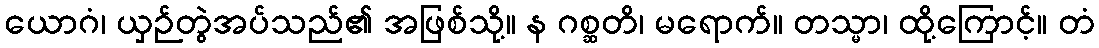
ယောဂံ၊ ယှဉ်တွဲအပ်သည်၏ အဖြစ်သို့။ န ဂစ္ဆတိ၊ မရောက်။ တသ္မာ၊ ထို့ကြောင့်။ တံ